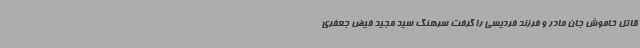
قاتل خاموش جان مادر و فرزند فردیسی را گرفت سرهنگ سید مجید فیض جعفری